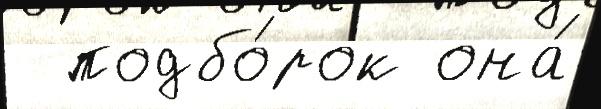
  подбо́рок она́